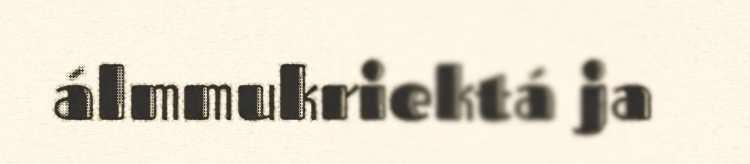
álmmukriektá ja